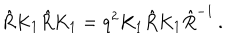
\hat { R } K _ { 1 } \hat { R } K _ { 1 } = q ^ { 2 } K _ { 1 } \hat { R } K _ { 1 } \hat { R } ^ { - 1 } \, .